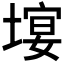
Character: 𡏉